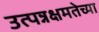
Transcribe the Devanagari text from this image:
उत्पन्नक्षमतेच्या